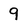
Character: 9